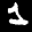
Label: 1